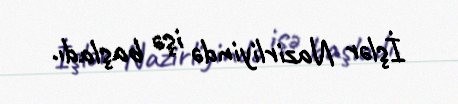
İşlər Nazirliyində işə başladı.